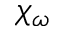
\chi _ { \omega }